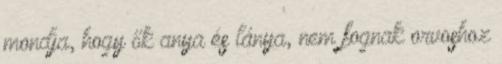
mondja, hogy ők anya és lánya, nem fognak orvoshoz